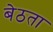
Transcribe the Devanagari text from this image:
बेठता